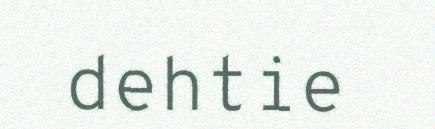
dehtie